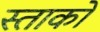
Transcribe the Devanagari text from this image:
स्ताको